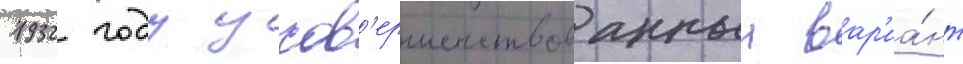
1932 году усов'ершенствованныи вар'иа́нт